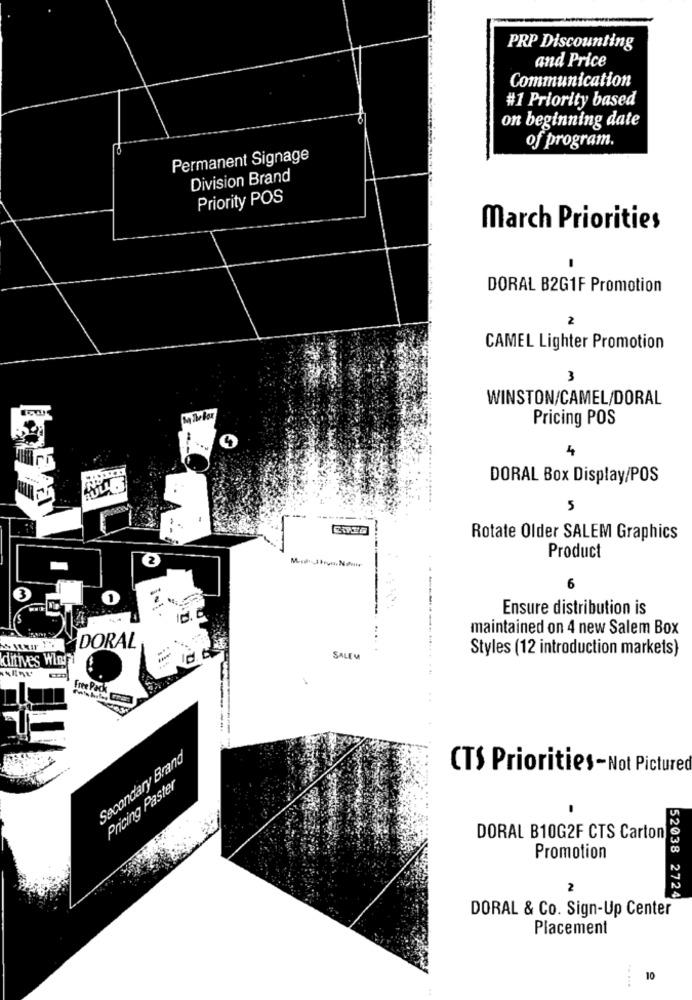
PRP Discounting
and Price
Communication
#1 Priority based
on beginning date
of program.
Permanent Signage
Division Brand
Priority POS
March Priorities
DORAL B2G1F Promotion
2
CAMEL Lighter Promotion
3
WINSTON/CAMEL/DORAL
Pricing POS
DORAL Box Display/POS
5
Rotate Older SALEM Graphics
2
Product
6
--
Ensure distribution is
maintained on 4 new Salem Box
DORAL
Styles (12 introduction markets)
clitives WIRfi
SALEM
Free Pack
------
Secondary Brand
CTS Priorities-Not Pictured
Pricing Paster
DORAL B10G2F CTS Carton
Promotion
2
52038 2724
DORAL & Co. Sign-Up Center
Placement
10